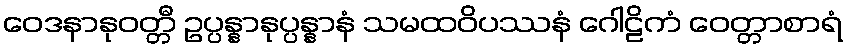
ဝေဒနာနုဝတ္တီ ဥပ္ပန္နာနုပ္ပန္နာနံ သမထဝိပဿနံ ဂေါဠိကံ ဝေတ္တာစာရံ